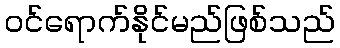
ဝင်ရောက်နိုင်မည်ဖြစ်သည်